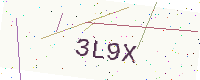
Text: 3L9X